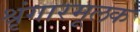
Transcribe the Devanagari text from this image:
श्रृंगारमूलक